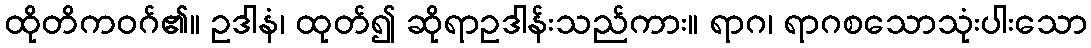
ထိုတိကဝဂ်၏။ ဥဒါနံ၊ ထုတ်၍ ဆိုရာဥဒါန်းသည်ကား။ ရာဂ၊ ရာဂစသောသုံးပါးသော